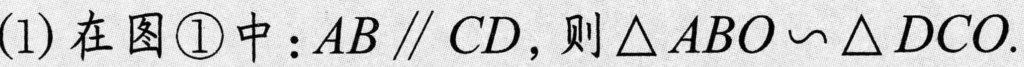
(1)在图\textcircled{1}中：$AB\parallel CD$，则$\triangle ABO\backsim\triangle DCO$.